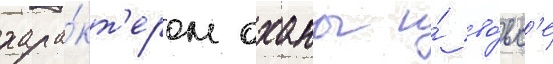
хара́кт'ером оханы и́ во́вс'е